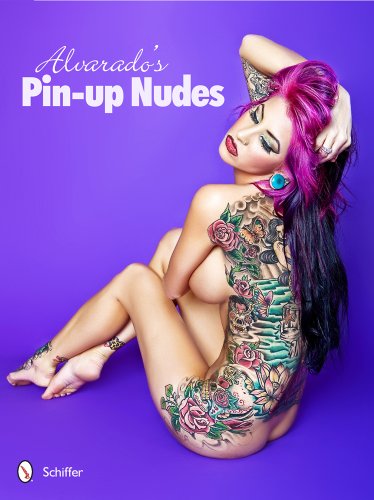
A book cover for Alvarado's Pin-Up Nudes; Robert Alvarado; Arts & Photography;